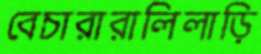
বেচারারালিলাড়ি